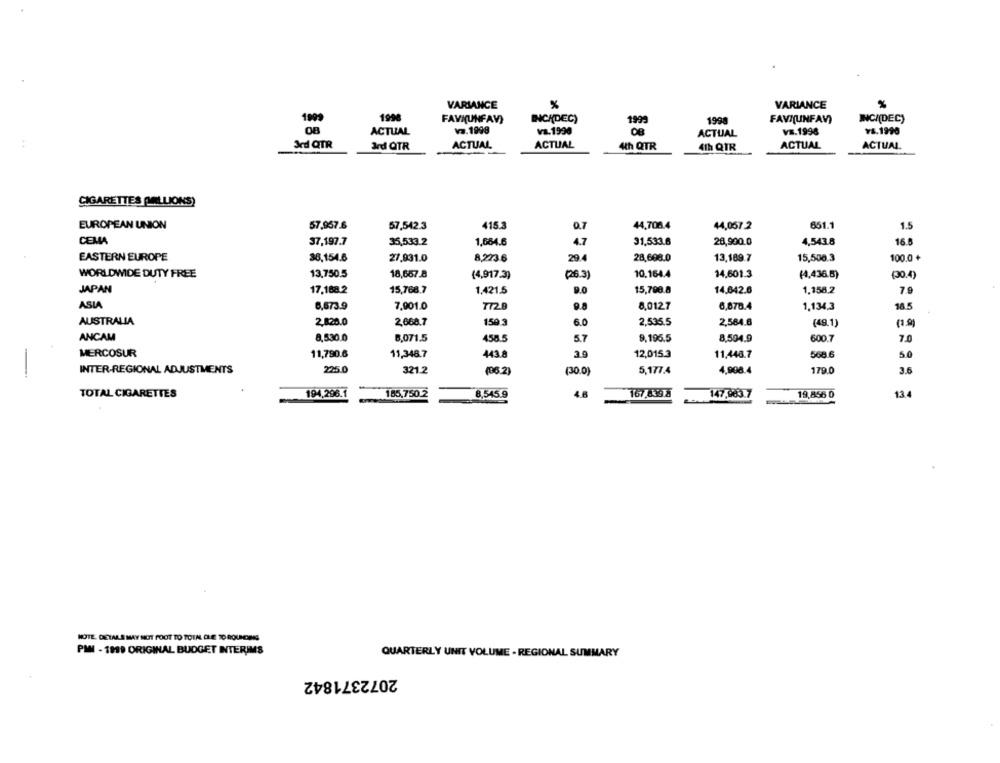
VARIANCE
%
VARIANCE
199
1998
FAVN(UNFAV)
INCADEC)
1999
1998
FAVI(UNFAV)
INC/(DEC)
ACTUAL
va. 1998
va.1990
ACTUAL
VS.1998
¥S.1990
Jed QTR
ard QTR
ACTUAL
ACTUAL
4th QTR
ACTUAL
ACTUAL
4th QTR
CIGARETTES (ALLIONS)
EUROPEAN UNION
57,957.6
57,542.3
415.3
0.7
44,708.4
44,057 2
651.1
1.5
CEMA
37,197.7
35,533.2
1,684.6
4.7
31,533.6
28,900.0
4,543.8
16.6
EASTERN EUROPE
38,154.6
27.931.0
8,223.6
294
28,608.0
13,189.7
15,508.3
100.0+
WORLDWIDE DUTY FREE
13,750.5
18,667.8
(4,917.3)
(26.3)
10.164.4
14,601.3
(4,436.6)
(30.4)
JAPAN
17.188.2
15,768.7
1,421.5
15,790.8
14.642.6
1.156.2
9.0
7.9
ASIA
7,901.0
8,0127
6,870.4
1,134,3
6,673.9
772
16.5
AUSTRALIA
2,535.5
2,820.0
2,668.7
150 3
6.0
2,584.6
(49.1)
ANCAM
8,530.0
8.071.5
458.5
57
9,195.5
8,594.9
600.7
7.0
MERCOSUR
11,790.6
11,348.7
443.8
3.9
12,015.3
11,448.7
568.6
50
INTER-REGIONAL ADJUSTMENTS
225.0
321.2
(86.2)
(30.0)
5,177.4
4,998.4
179.0
3.6
TOTAL CIGARETTES
194,296.1
185,750.2
8,545.9
167,89 8
147,983.7
19,856 0
13
HOTE. DETALS MAY NOT FOOT TO TOTAL DUE TO ROUNDERS
PMI - 1919 ORIGINAL BUDGET INTERIMS
QUARTERLY UNIT VOLUME - REGIONAL SUMMARY
2072371842